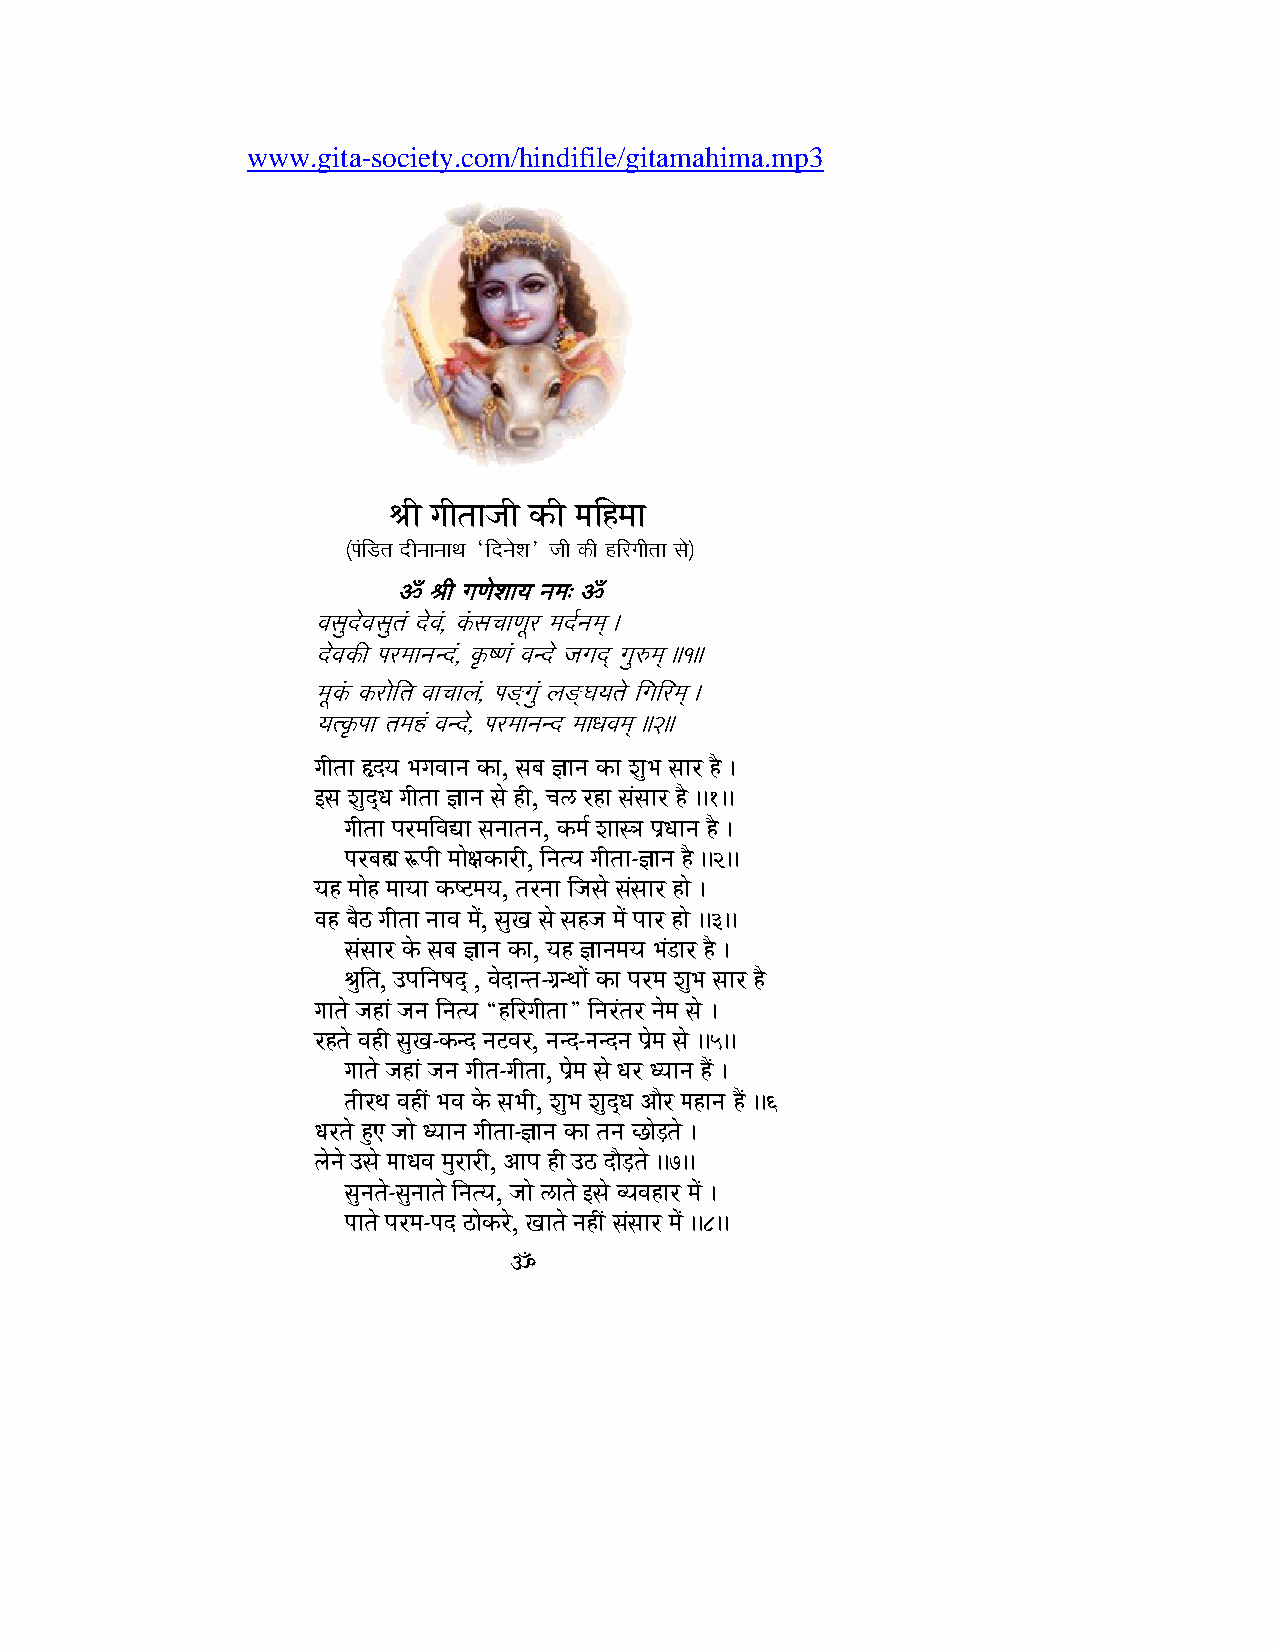
www.gita-society.com/hindifile/gitamahima.mp3
 XI g=It==j=I k:I m=ihm==
 (p=]i#t= dIn==n==q= ‘idn=ex=’ j=I k:I hirg=It== s=e)
 ö XI g=[=ex==y= n=m=/ ö
 v=s=udev=s=ut=] dev=], k]:s=c==[=Ur m=d*n=m=< +
 dev=k:0 p=rm==n=nd], k&:{[= ]v=nde j=g=d< g=uom=< ++â++
 m=Uk]: k:r=eit= v==c==D=], p=V<g=]u D=V<G=y=t=e ig=irm=< +
 y=tk&:p== t=m=h] v=nde, p=rm==n=nd m==Q=v=m=< ++ä++
 g=It== Ådy= B=g=v==n= k:=, s=b= N=n= k:= x=uB= s==r hE +
 ws= x=ud<Q= g=It== N=n= s=e hI, c=l rh= s=]s==r hE ++â++
 g=It== p=rm=iv=6= s=n==t=n=, k:m=* x==sF= p=>Q==n= hE +
 p=rb=É Op=I m==eZ=k:=rI, in=ty= g=It==-N=n= hE ++ä++
 y=h m==eh m==y== k:{!m=y=, t=rn== ij=s=e s=]s==r h=e +
 v=h b=E@ g=It== n==v= m=e], s=uK= s=e s=hj= m=e] p==r h=e ++à++
 s=]s==r ke: s=b= N=n= k:=, y=h N=n=m=y= B=]#=r hE +
 Xuit=, Wp=in={=d< , v=ed=nt=-g=>nq==e] k:= p=rm= x=uB= s==r hE
 g==t=e j=h=] j=n= in=ty= “hirg=It==” in=r]t=r n=em= s=e +
 rht=e v=hI s=uK=-k:nd n=!v=r, n=nd-n=ndn= p=>em= s=e ++ç++
 g==t=e j=h=] j=n= g=It=-g=It==, p=>em= s=e Q=r Qy==n= hE] +
 t=Irq= v=hI] B=v= ke: s=B=I, x=uB= x=ud<Q= a=Er m=h=n= hE] ++ê
 Q=rt=e hAu j==e Qy==n= g=It==-N=n= k:= t=n= %=e#ªt=e +
 D=en=e Ws=e m==Q=v= m=ur=rI, a=p= hI W@ d=E#ªt=e ++ë++
 s=un=t=e-s=un==t=e in=ty=, j==e l=t=e ws=e vy=v=h=r m=e] +
 p==t=e p=rm=-p=d @=ek:re, K==t=e n=hI] s=]s==r m=e] ++è++
 ö